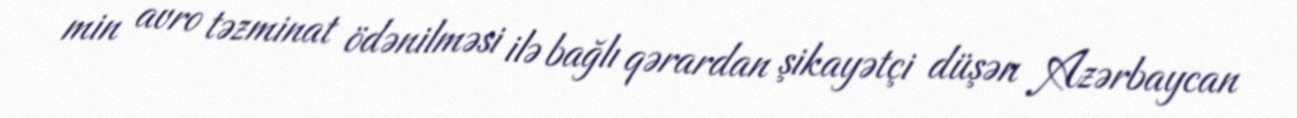
min avro təzminat ödənilməsi ilə bağlı qərardan şikayətçi düşən Azərbaycan